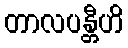
တာလပန္တီဟိ